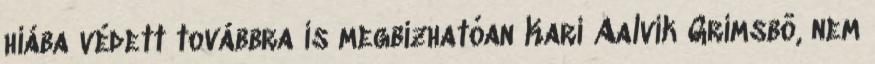
hiába védett továbbra is megbízhatóan Kari Aalvik Grimsbö, nem